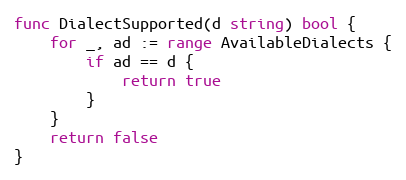
Language: Go
func DialectSupported(d string) bool {
	for _, ad := range AvailableDialects {
		if ad == d {
			return true
		}
	}
	return false
}